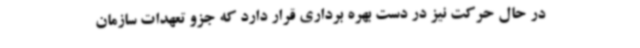
در حال حرکت نیز در دست بهره برداری قرار دارد که جزو تعهدات سازمان